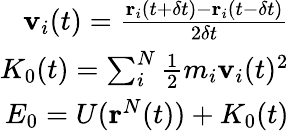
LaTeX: \begin{array}{r}{\textbf{v}_{i}(t)=\frac{\textbf{r}_{i}(t+\delta t)-\textbf{r}_{i}(t-\delta t)}{2\delta t}}\\ {K_{0}(t)=\sum_{i}^{N}\frac{1}{2}m_{i}\textbf{v}_{i}(t)^{2}}\\ {E_{0}=U(\textbf{r}^{N}(t))+K_{0}(t)}\end{array}